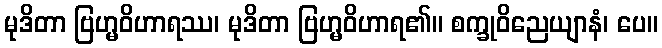
မုဒိတာ ဗြဟ္မဝိဟာရဿ၊ မုဒိတာ ဗြဟ္မဝိဟာရ၏။ စက္ခုဝိညေယျာနံ၊ ပေ။